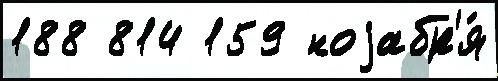
188 814 159 ноjабр'я́